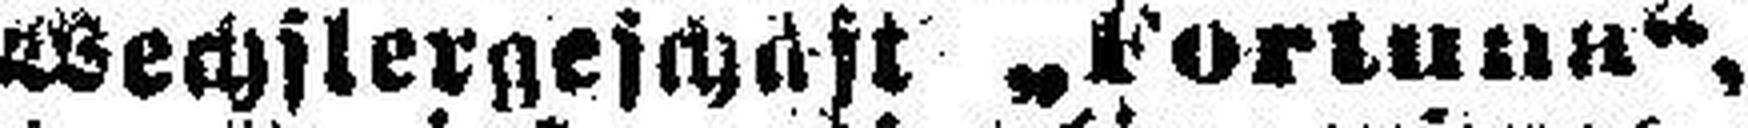
Wechlergeschäft „Fortuna“,